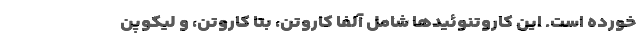
خورده است. این کاروتنوئیدها شامل آلفا کاروتن، بتا کاروتن، و لیکوپن